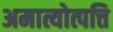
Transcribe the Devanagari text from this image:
अमात्योत्पत्ति